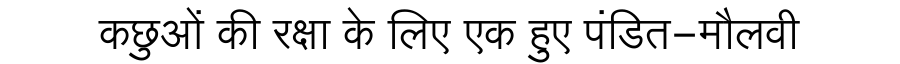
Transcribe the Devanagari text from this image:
कछुओं की रक्षा के लिए एक हुए पंडित-मौलवी